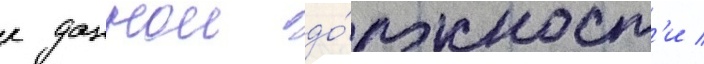
к даннои до́лжност'и /